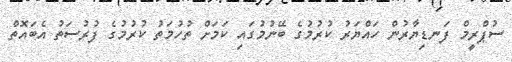
ސުޕްރީމް ފަނޑިޔާރުން ހައްޔަރު ކުރުމުގެ ބޭނުމުގައި ކަމަށް ތުހުމަތު ކުރުމުގެ ފުރުސަތު އެބައޮތް